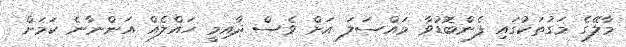
މާލޭގެ މަގުތަކުގައި ފެންބޮޑުވާ މައްސަލަ އަށް ވެސް ދާއިމީ ހައްލެއް އަންނާނެ ކަމަށް